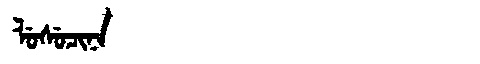
Manchu: ᠯᡠᠰᡠᠴᡳᠨᠠ
Romanization: LUSUCINA